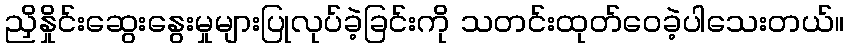
ညှိနှိုင်းဆွေးနွေးမှုများပြုလုပ်ခဲ့ခြင်းကို သတင်းထုတ်ဝေခဲ့ပါသေးတယ်။